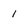
Character: 1